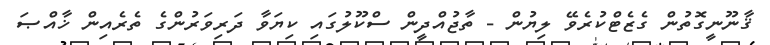
ޤާނޫނީގޮތުން ގެޒެޓްކުރެވޭ ލިޔުން - ތާޖުއްދީން ސްކޫލުގައި ކިޔަވާ ދަރިވަރުންގެ ތެރެއިން ޚާއްޞަ